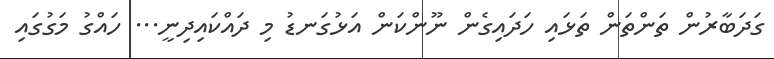
ގަދަބާރުން ތަންތަން ތަޅައި ހަދައިގެން ނޫންކަން އަޅުގަނޑު މި ދައްކައިދިނީ... ހައްގު މަގުގައި